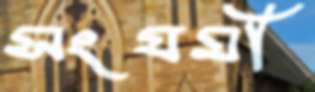
সংযমী